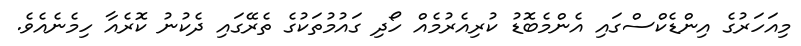
މިއަހަރުގެ އިންޑެކްސްގައި އެންމެބޮޑު ކުރިއެރުމެއް ހޯދި ގައުމުތަކުގެ ތެރޭގައި ދެކުނު ކޮރެއާ ހިމެނެއެވެ.